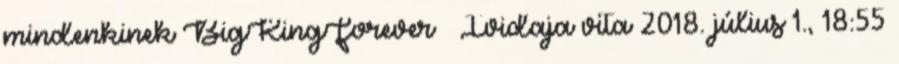
mindenkinek BigKingForever – Ividaja vita 2018. július 1., 18:55